system: You are a helpful assistant.
user:
Analyze the provided spectrum to determine if it is a **Carbon Star (C-type)**.

- **Key Visual Indicators of Carbon Star:**
    - **(Primary):** Strong molecular absorption from **C₂ (diatomic carbon) "Swan Bands."** This is the **defining feature** of a carbon star.
        - **(Key Bandheads):** Sharp absorption edges are visible at approximately $5635$ Å, $5165$ Å (the strongest band), and $4737$ Å.
        - **(Line Profile):** Creates a distinct **"saw-tooth"** pattern. The key morphology is a sharp, steep bandhead on the **red (long-wavelength) side**, which then gradually tapers off (i.e., flux recovers) towards the **blue (short-wavelength) side**. *(This is the direct opposite of the TiO bands seen in M-type stars)*.

    - **(Secondary):** Intense **CN (cyanogen)** molecular absorption bands.
        - **(Key Bandheads):** Located in the blue and violet regions of the spectrum (e.g., near $4215$ Å and $3883$ Å).
        - **(Morphology):** These bands are extremely broad and act as a "blanket," absorbing the vast majority of blue and violet light. This creates a characteristic **"cliff"** or **"steep drop-off"** in the spectrum's flux at short wavelengths.

    - **(Key Confirmation):** Strong **CH absorption band (G-band)**.
        - **(Key Bandhead):** Located around $4300$ Å. The contribution from CH molecules to this band is exceptionally strong.

    - **(Overall Spectrum):**
        - The continuum is severely "chopped up" by these deep molecular bands, especially C₂, rather than appearing as a smooth curve.
        - Due to the heavy CN and C₂ absorption in the blue-green, the vast majority of the star's flux is concentrated in the red part of the spectrum, giving the star its characteristic deep red color.

Think first, call **spectral_visualization_tool** if needed to examine features in detail, then provide your final answer. Your response must adhere to the following strict rules:
1.  **Overall Structure:** Your response must follow the format `<think>...</think> <tool_call>...</tool_call> (if a tool is used) <answer>...</answer>`.
2.  **Tool Usage Constraint:** You may only make **one** tool call per turn.
3.  **Final Answer Format:** In the `<answer>` tag, your conclusion must be inside a `\boxed{}` command (e.g., `\boxed{YES}`), followed by your justification.

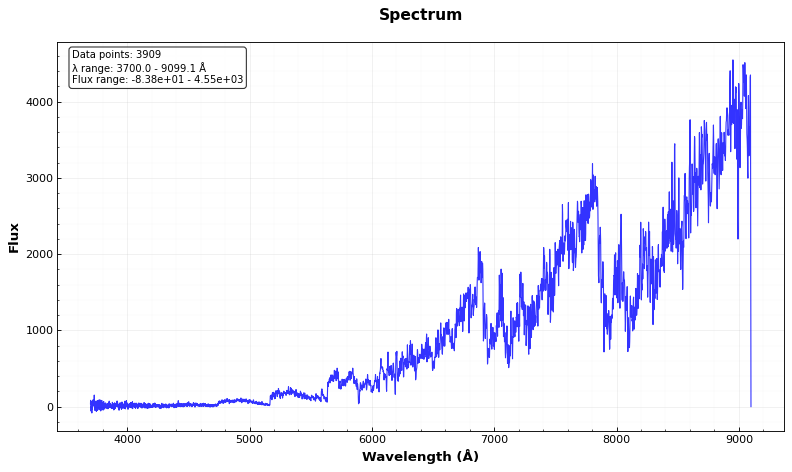
Answer: YES